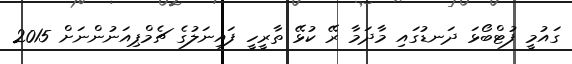
ގައުމީ ފުޓްބޯޅަ ދަނޑުގައި މާދަމާ ރޭ ކުޅޭ ތާރީހީ ފައިނަލުގެ ޗެމްޕިއަނުންނަށް 2015